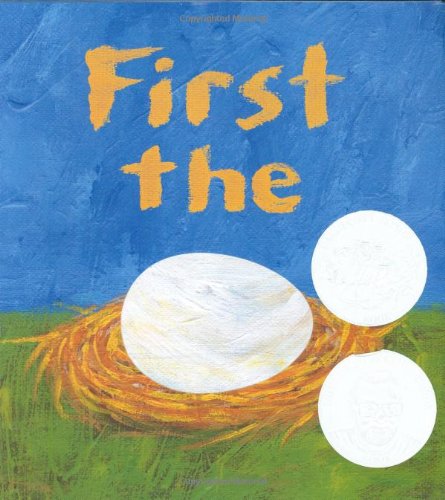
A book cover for First the Egg (Caldecott Honor Book and Theodor Seuss Geisel Honor Book (Awards)); Laura Vaccaro Seeger; Children's Books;